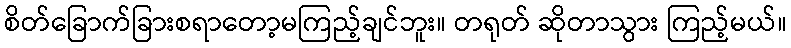
စိတ်ခြောက်ခြားစရာတော့မကြည့်ချင်ဘူး။ တရုတ် ဆိုတာသွား ကြည့်မယ်။